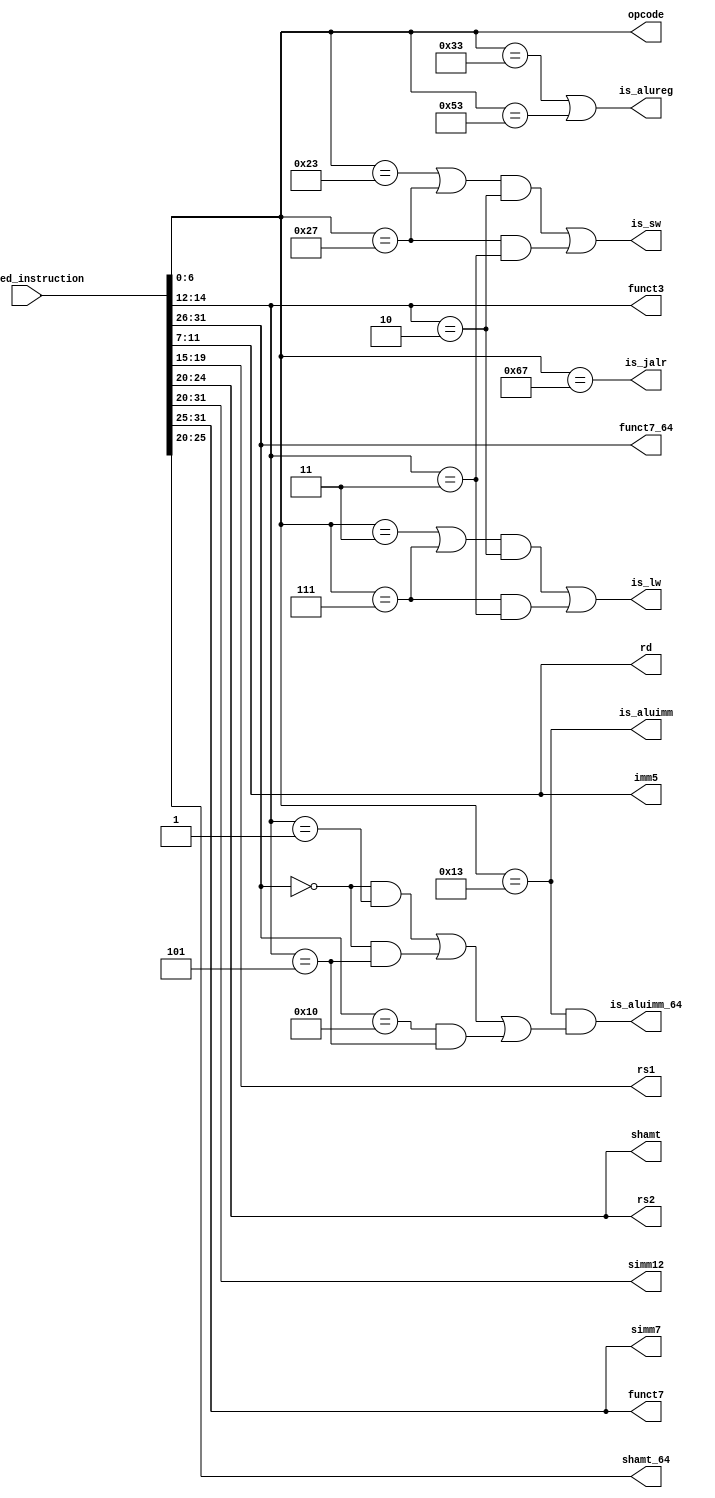
// decoder for RISCV
// only supports a subset of R,I,S type instructions see riscv-spec-v2.1.pdf
// used along with strict input constraints to ifu_qed_instruction (specified for the formal tool)

module qed_decoder (/*AUTOARG*/
   // Outputs
   is_lw, is_sw,is_aluimm,is_aluimm_64, is_alureg, is_jalr, rd, rs1, rs2, opcode, simm12, funct3, funct7, funct7_64,
   imm5,simm7, shamt, shamt_64,
   // Inputs
   ifu_qed_instruction
   );
                 
   input  [31:0] ifu_qed_instruction;
   wire   [31:0] instruction;
   assign instruction = ifu_qed_instruction;
   
   output [4:0]  rd;
   output [4:0]  rs1;
   output [4:0]  rs2;
   output [6:0]  opcode;
   output [11:0] simm12;  // signed imm for I type or instructions using rd, rs1 only like LW 
   output [2:0] funct3;
   output [6:0] funct7;
   output [5:0] funct7_64; //funct7 for special RV64I shifts
   output [4:0] imm5;  // lower order imm bits for S type instruction
   output [6:0] simm7; // higher order bits (including sign bits) of imm operand for S type instruction
   output [4:0] shamt; // shift amount for immediate shift operations
   output [5:0] shamt_64; //shift for special RV64I shifts
   	
   // determine which format to use
   output 	is_lw;
   output 	is_sw;
   output 	is_aluimm;
   output 	is_aluimm_64;
   output 	is_alureg; // includes mult instructions
   output  	is_jalr; 

   // op, for all formats
   assign opcode = instruction[6:0];
   assign rd = instruction[11:7];
   assign rs1 = instruction[19:15];
   assign rs2 = instruction[24:20];
   assign simm12 = instruction[31:20];
   assign simm7 = instruction[31:25];
   assign imm5 = instruction[11:7];
   assign shamt = instruction[24:20];
   assign shamt_64 = instruction[25:20]; //Karthik
   assign funct3 = instruction[14:12];
   assign funct7 = instruction[31:25];
   assign funct7_64 = instruction[31:26]; //Karthik

   // these constraints taken from riscv-spec-v2.1.pdf (pg. 54)
   assign is_lw = (((opcode==7'b0000011)||(opcode==7'b0000111))&&(funct3==3'b010)) || ((opcode==7'b0000111)&&(funct3==3'b011)); // Karthik add: FLW and FLD
   assign is_sw = (((opcode==7'b0100011)||(opcode==7'b0100111))&&(funct3==3'b010)) || ((opcode==7'b0100111)&&(funct3==3'b011)); // Karthik add: FSW and FSD
   assign is_alureg = (opcode==7'b0110011)||(opcode==7'b1010011); //Karthik add: FP operations
   assign is_aluimm = (opcode==7'b0010011); 
   assign is_aluimm_64 = (opcode==7'b0010011) && (((funct7_64==7'b000000) && (funct3==3'b001)) || ((funct7_64==7'b000000) && (funct3==3'b101)) || ((funct7_64==7'b010000) && (funct3==3'b101))); // Karthik SLLI, SRLI, and SRAI are different now for 64 bit data
     
   assign is_jalr = (opcode==7'b1100111);  
endmodule // qed_decoder